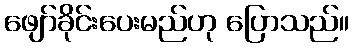
ဖျော်ခိုင်းပေးမည်ဟု ပြောသည်။